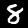
Digit: 8